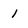
Character: 1